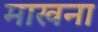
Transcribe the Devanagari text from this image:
माखना